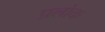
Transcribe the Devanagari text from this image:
प्रलोक